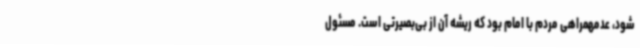
شود، عدمهمراهی مردم با امام بود که ریشه آن از بی‌بصیرتی است. مسئول